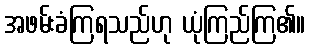
အဖမ်းခံကြရသည်ဟု ယုံကြည်ကြ၏။